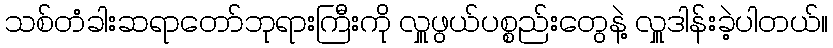
သစ်တံခါးဆရာတော်ဘုရားကြီးကို လှူဖွယ်ပစ္စည်းတွေနဲ့ လှူဒါန်းခဲ့ပါတယ်။